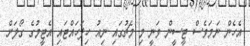
އެހެން ނަމަވެސް ޓީސީން ވަނީ މި މެޗުގައި ނިއު ހިފަހައްޓައި އެޓީމުގެ ގޯލަށް